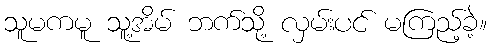
သူမကမူ သူ့အိမ် ဘက်သို့ လှမ်းပင် မကြည့်ခဲ့။